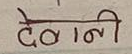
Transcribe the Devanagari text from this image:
देवनी